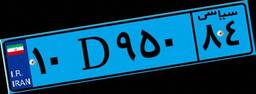
۶۸D۵۳۹۳۵